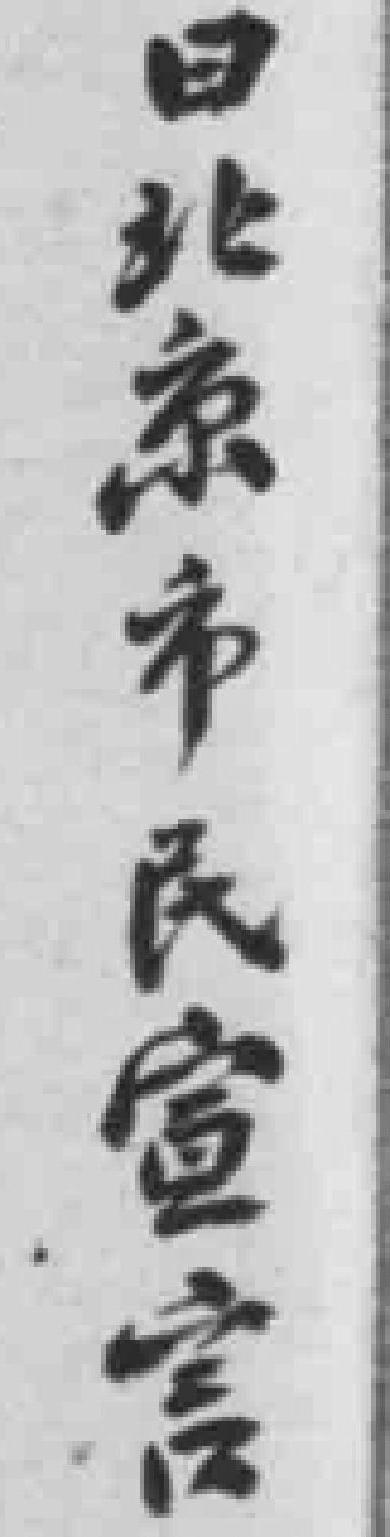
日北京市民宣言